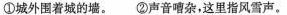
①城外围着城的墙。②声音嘈杂，这里指风雪声。